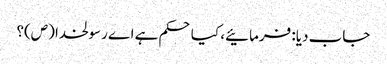
جاب دیا: فرمائیے، کیا حکم ہے اے رسولخدا (ص)؟